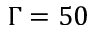
\Gamma = 5 0